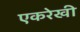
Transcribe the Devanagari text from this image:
एकरेखी